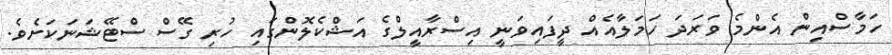
ހަމާސްއިން އެންމެ ވަރަދަ ހަމަލާއެއް ދީފައިވަނީ އިސްރާއީލްގެ އަޝްކެލޮންގައި ހުރި ގޭސް ސްޓޭޝަނަކަށެވެ.